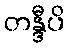
တန္ဒီပိ